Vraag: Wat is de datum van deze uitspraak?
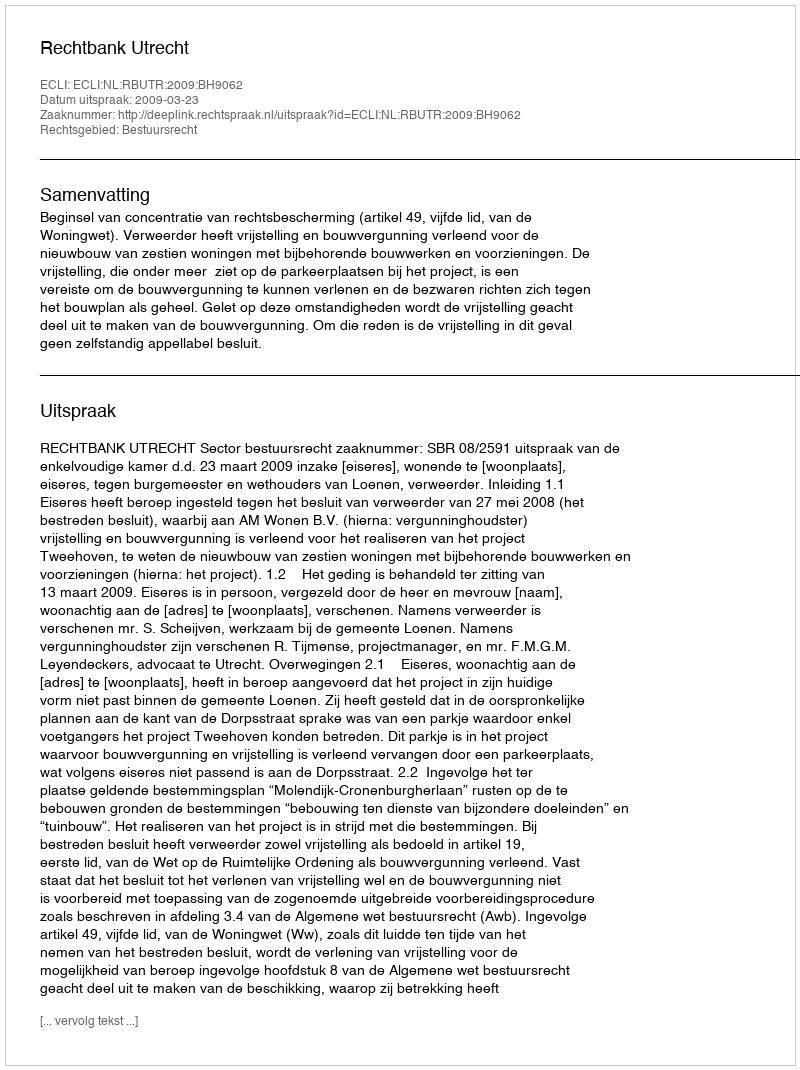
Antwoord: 2009-03-23